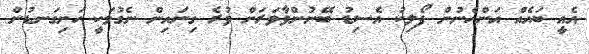
އެއީ ބައެއް އަންހެނުން ފޯލިކު އެސިޑު ބޭނުންވާވަރަށް ވުރެ ގިނައިން ނެގުމަކީ ހަށިގަނޑުން